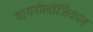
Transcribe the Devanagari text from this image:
वायरोलॉजिकल